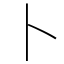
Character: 卜